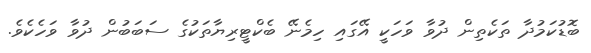
ބޮޑުކަމުދާ ތަކެތިން ދުވާ ވަހަކީ އޭގައި ހިމެނޭ ބެކްޓީރިޔާތަކުގެ ސަބަބުން ދުވާ ވަހެކެވެ.